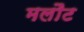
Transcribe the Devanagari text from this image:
मलौट